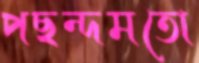
পছন্দমতো